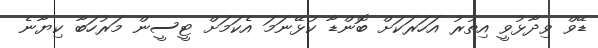
ޑޭވް ވިދާޅުވީ އިތުރު އަހަރަކަށް ބޮންޑާ ކުޅޭނަމަ އެކަމަށް ޓީސީން މަރުހަބާ ކިޔާނެ